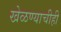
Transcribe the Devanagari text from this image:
खेळण्याचीही